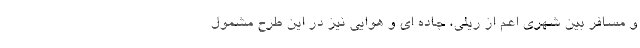
و مسافر بین شهری اعم از ریلی، جاده ای و هوایی نیز در این طرح مشمول